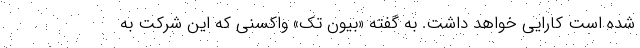
شده است کارایی خواهد داشت. به گفته «بیون تک» واکسنی که این شرکت به